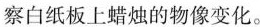
察白纸板上蜡烛的物像变化。